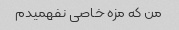
من که مزه خاصی نفهمیدم